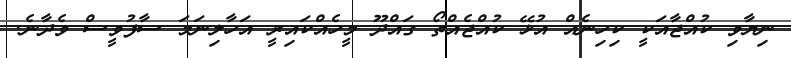
ނިޔާވި ކުއްޖާއަކީ ކިހިނެއް އުޅޭ ކުއްޖެއްތޯ ގައްދޫ މީހެއްކައިރީ އަހާލިނަމަ ސާފުވީސް ވެދާނެ.